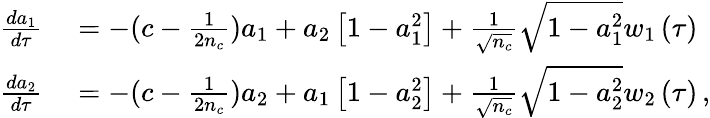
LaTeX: \begin{array}{rl}{\frac{da_{1}}{d\tau}}&{{}=-(c-\frac{1}{2n_{c}})a_{1}+a_{2}\left[1-a_{1}^{2}\right]+\frac{1}{\sqrt{n_{c}}}\sqrt{1-a_{1}^{2}}w_{1}\left(\tau\right)}\\ {\frac{da_{2}}{d\tau}}&{{}=-(c-\frac{1}{2n_{c}})a_{2}+a_{1}\left[1-a_{2}^{2}\right]+\frac{1}{\sqrt{n_{c}}}\sqrt{1-a_{2}^{2}}w_{2}\left(\tau\right)\, ,}\end{array}